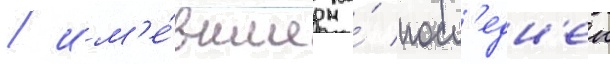
/ им'е́вшие на́ посл'едн'еи